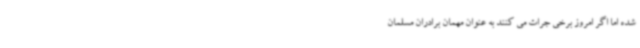
شده اما اگر امروز برخی جرات می کنند به عنوان مهمان برادران مسلمان